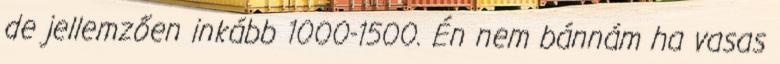
de jellemzően inkább 1000-1500. Én nem bánnám ha vasas